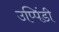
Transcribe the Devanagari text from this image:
उप्पिंडी